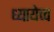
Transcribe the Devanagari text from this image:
ध्यायेच्च